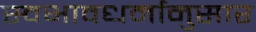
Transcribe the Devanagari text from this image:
स्वभावधर्मानुसार